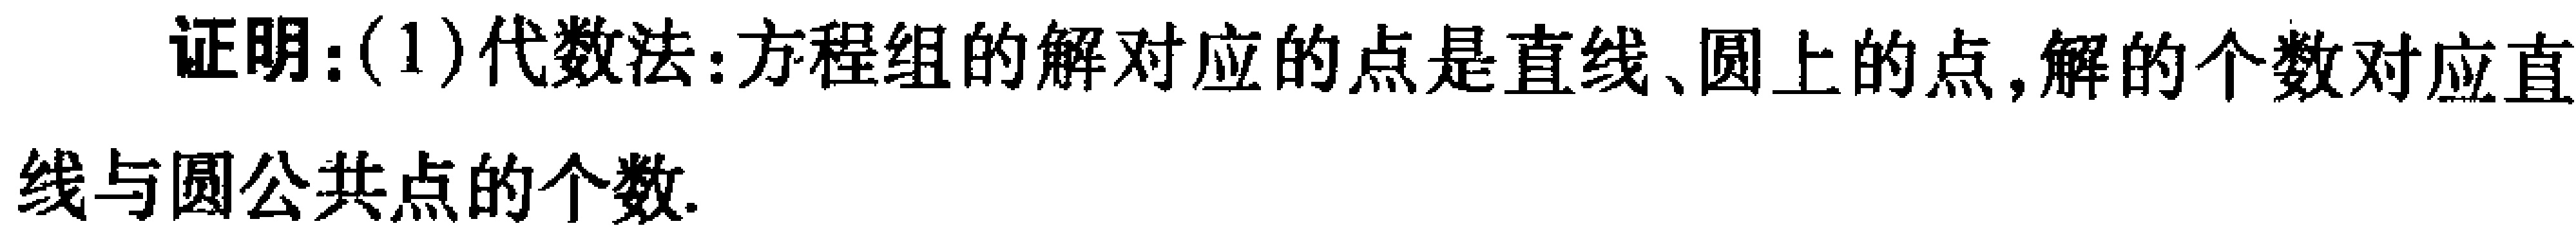
证明：(1)代数法：方程组的解对应的点是直线、圆上的点,解的个数对应直
线与圆公共点的个数.